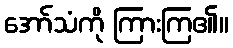
အော်သံကို ကြားကြ၏။